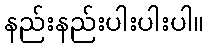
နည်းနည်းပါးပါးပါ။